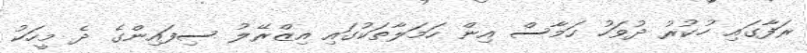
ރަފާގައި ހުކުރު ދުވަހު ހަމާސް އިން ހަމަލާތަކުގައި އިޒްރޭލު ސިފައިންގެ ދެ މީހަކު